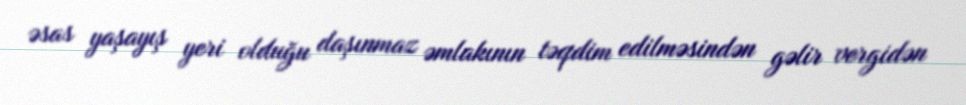
əsas yaşayış yeri olduğu daşınmaz əmlakının təqdim edilməsindən gəlir vergidən